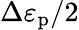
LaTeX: \Delta\varepsilon_{\mathrm{p}}/2